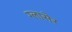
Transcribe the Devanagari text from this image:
ग्लासेर